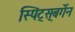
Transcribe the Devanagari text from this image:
स्पिट्स्‌बर्गेन